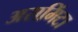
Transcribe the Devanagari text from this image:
अरामिंटा